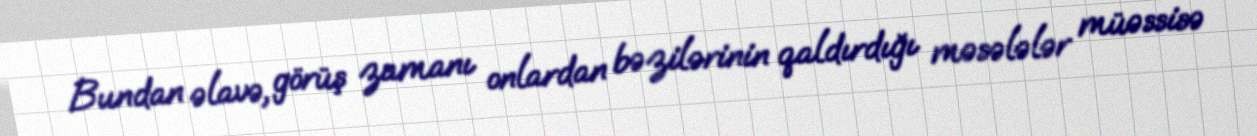
Bundan əlavə, görüş zamanı onlardan bəzilərinin qaldırdığı məsələlər müəssisə